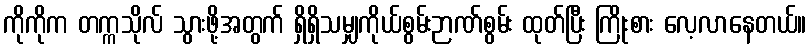
ကိုကိုက တက္ကသိုလ် သွားဖို့အတွက် ရှိရှိသမျှကိုယ်စွမ်းဉာဏ်စွမ်း ထုတ်ပြီး ကြိုးစား လေ့လာနေတယ်။